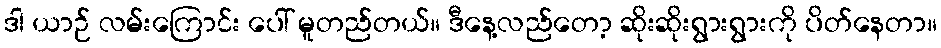
ဒါ ယာဉ် လမ်းကြောင်း ပေါ် မူတည်တယ်။ ဒီနေ့လည်တော့ ဆိုးဆိုးရွားရွားကို ပိတ်နေတာ။